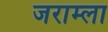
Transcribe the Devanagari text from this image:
जराम्ला